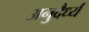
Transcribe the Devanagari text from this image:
अनुदैर्ध्यं